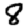
Digit: 8